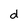
Character: d